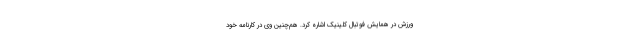
ورزش در همایش فوتبال کلینیک اشاره کرد. هم‌چنین وی در کارنامه خود